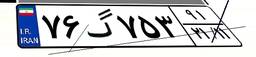
۷۶گ۷۵۳۹۱